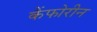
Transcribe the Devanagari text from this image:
कैंफोरीन